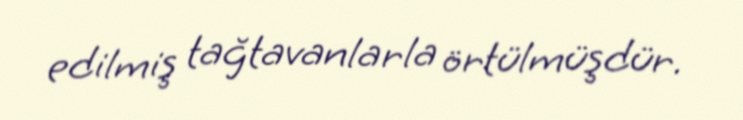
edilmiş tağtavanlarla örtülmüşdür.